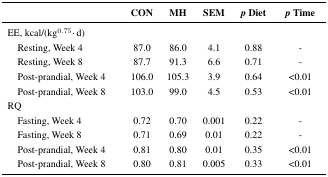
<table><thead><tr><td></td><td><b>CON</b></td><td><b>MH</b></td><td><b>SEM</b></td><td><b><i>p</i> Diet</b></td><td><b><i>p</i> Time</b></td></tr></thead><tbody><tr><td>EE, kcal/(kg<sup>0.75</sup>·d)</td><td></td><td></td><td></td><td></td><td></td></tr><tr><td> Resting, Week 4</td><td>87.0</td><td>86.0</td><td>4.1</td><td>0.88</td><td>-</td></tr><tr><td> Resting, Week 8</td><td>87.7</td><td>91.3</td><td>6.6</td><td>0.71</td><td>-</td></tr><tr><td> Post-prandial, Week 4 </td><td>106.0</td><td>105.3</td><td>3.9</td><td>0.64</td><td>&lt;0.01</td></tr><tr><td> Post-prandial, Week 8 </td><td>103.0</td><td>99.0</td><td>4.5</td><td>0.53</td><td>&lt;0.01</td></tr><tr><td>RQ</td><td></td><td></td><td></td><td></td><td></td></tr><tr><td> Fasting, Week 4</td><td>0.72</td><td>0.70</td><td>0.001</td><td>0.22</td><td>-</td></tr><tr><td> Fasting, Week 8</td><td>0.71</td><td>0.69</td><td>0.01</td><td>0.22</td><td>-</td></tr><tr><td> Post-prandial, Week 4 </td><td>0.81</td><td>0.80</td><td>0.01</td><td>0.35</td><td>&lt;0.01</td></tr><tr><td> Post-prandial, Week 8 </td><td>0.80</td><td>0.81</td><td>0.005</td><td>0.33</td><td>&lt;0.01</td></tr></tbody></table>